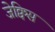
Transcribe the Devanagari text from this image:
जेक्विस